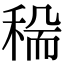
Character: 𥟺